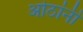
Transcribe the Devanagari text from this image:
ओठांनी